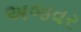
અજવર